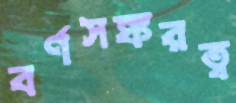
বর্ণসঙ্করত্ব